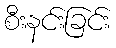
စီးနင်းခြင်း